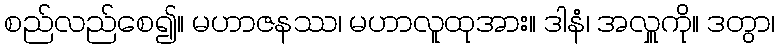
စည်လည်စေ၍။ မဟာဇနဿ၊ မဟာလူထုအား။ ဒါနံ၊ အလှူကို။ ဒတွာ၊